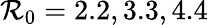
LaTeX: \mathcal{R}_{0}=2.2,3.3,4.4